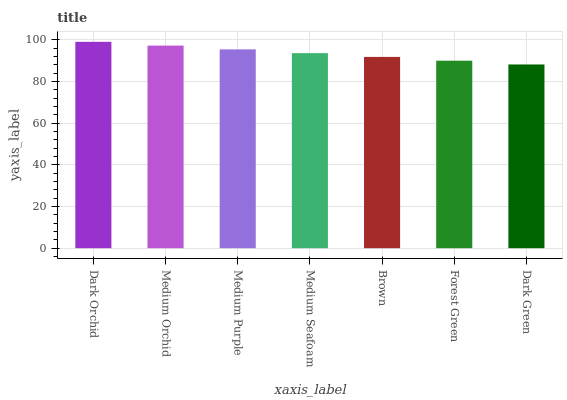
| xaxis_label | bars |
 | --- | --- |
 | Dark Orchid | 99 |
 | Medium Orchid | 97.2 |
 | Medium Purple | 95.4 |
 | Medium Seafoam | 93.6 |
 | Brown | 91.8 |
 | Forest Green | 90 |
 | Dark Green | 88.1 |